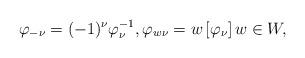
LaTeX: \begin{align*}\varphi_{-\nu} = (-1)^\nu \varphi_\nu^{-1}, \varphi_{w\nu} = w\left[\varphi_\nu\right] w\in W, \end{align*}